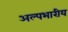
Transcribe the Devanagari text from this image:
अल्पभारीय